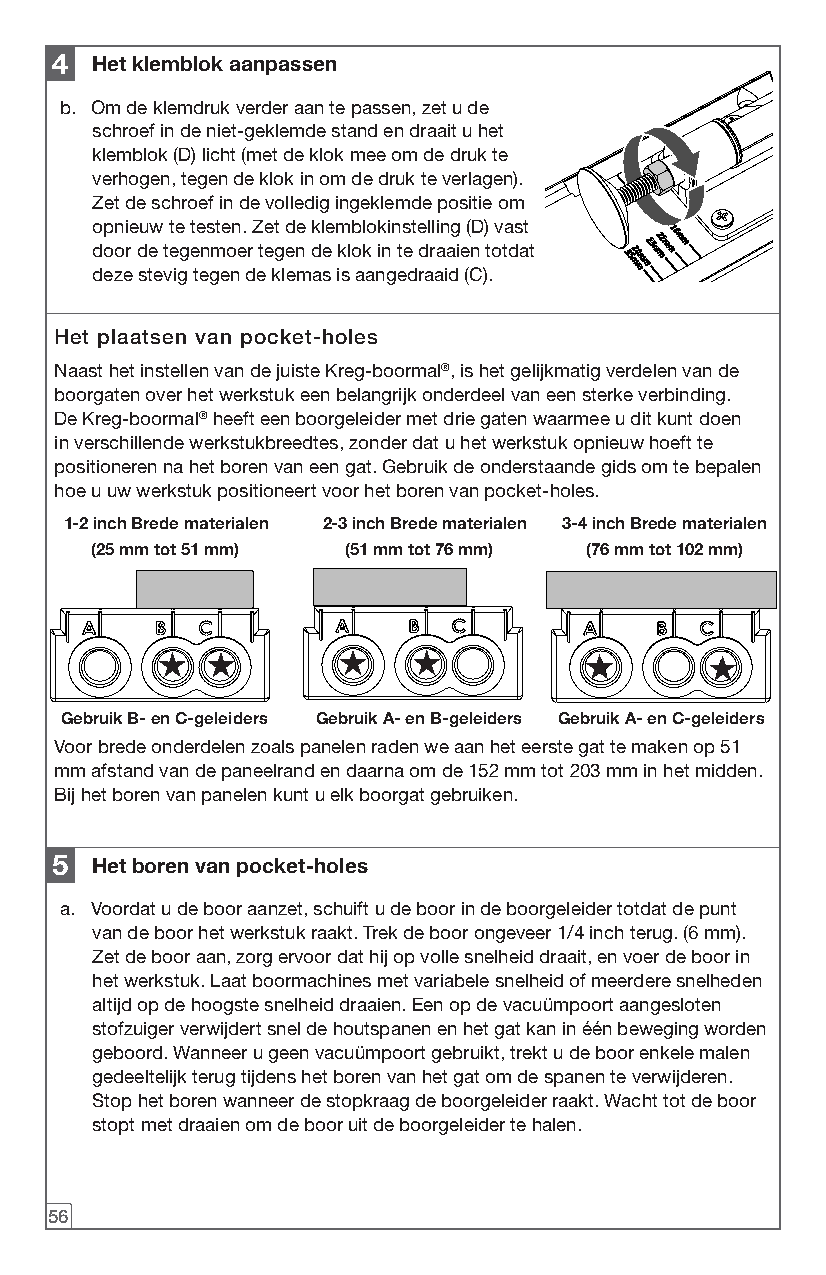
4  Het klemblok aanpassen
 b. Om de klemdruk verder aan te passen, zet u de
 schroef in de niet-geklemde stand en draait u het
 klemblok (D) licht (met de klok mee om de druk te
 verhogen, tegen de klok in om de druk te verlagen).
 Zet de schroef in de volledig ingeklemde positie om
 opnieuw te testen. Zet de klemblokinstelling (D) vast
 door de tegenmoer tegen de klok in te draaien totdat
 deze stevig tegen de klemas is aangedraaid (C).
 Het plaatsen van pocket-holes
 Naast het instellen van de juiste Kreg-boormal®, is het gelijkmatig verdelen van de
 boorgaten over het werkstuk een belangrijk onderdeel van een sterke verbinding.
 De Kreg-boormal® heeft een boorgeleider met drie gaten waarmee u dit kunt doen
 in verschillende werkstukbreedtes, zonder dat u het werkstuk opnieuw hoeft te
 positioneren na het boren van een gat. Gebruik de onderstaande gids om te bepalen
 hoe u uw werkstuk positioneert voor het boren van pocket-holes.
 1-2 inch Brede materialen 2-3 inch Brede materialen 3-4 inch Brede materialen
 (25 mm tot 51 mm) (51 mm tot 76 mm) (76 mm tot 102 mm)
 Gebruik B- en C-geleiders Gebruik A- en B-geleiders Gebruik A- en C-geleiders
 Voor brede onderdelen zoals panelen raden we aan het eerste gat te maken op 51
 mm afstand van de paneelrand en daarna om de 152 mm tot 203 mm in het midden.
 Bij het boren van panelen kunt u elk boorgat gebruiken.
 5  Het boren van pocket-holes
 a. Voordat u de boor aanzet, schuift u de boor in de boorgeleider totdat de punt
 van de boor het werkstuk raakt. Trek de boor ongeveer 1/4 inch terug. (6 mm).
 Zet de boor aan, zorg ervoor dat hij op volle snelheid draait, en voer de boor in
 het werkstuk. Laat boormachines met variabele snelheid of meerdere snelheden
 altijd op de hoogste snelheid draaien. Een op de vacuümpoort aangesloten
 stofzuiger verwijdert snel de houtspanen en het gat kan in één beweging worden
 geboord. Wanneer u geen vacuümpoort gebruikt, trekt u de boor enkele malen
 gedeeltelijk terug tijdens het boren van het gat om de spanen te verwijderen.
 Stop het boren wanneer de stopkraag de boorgeleider raakt. Wacht tot de boor
 stopt met draaien om de boor uit de boorgeleider te halen.
 56